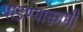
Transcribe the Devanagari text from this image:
पाडण्याकामी